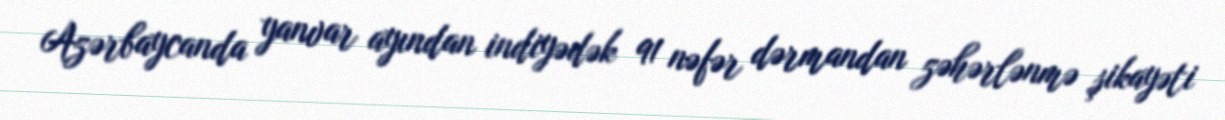
Azərbaycanda yanvar ayından indiyədək 91 nəfər dərmandan zəhərlənmə şikayəti